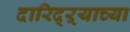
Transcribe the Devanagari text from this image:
दारिद्ऱ्याच्या